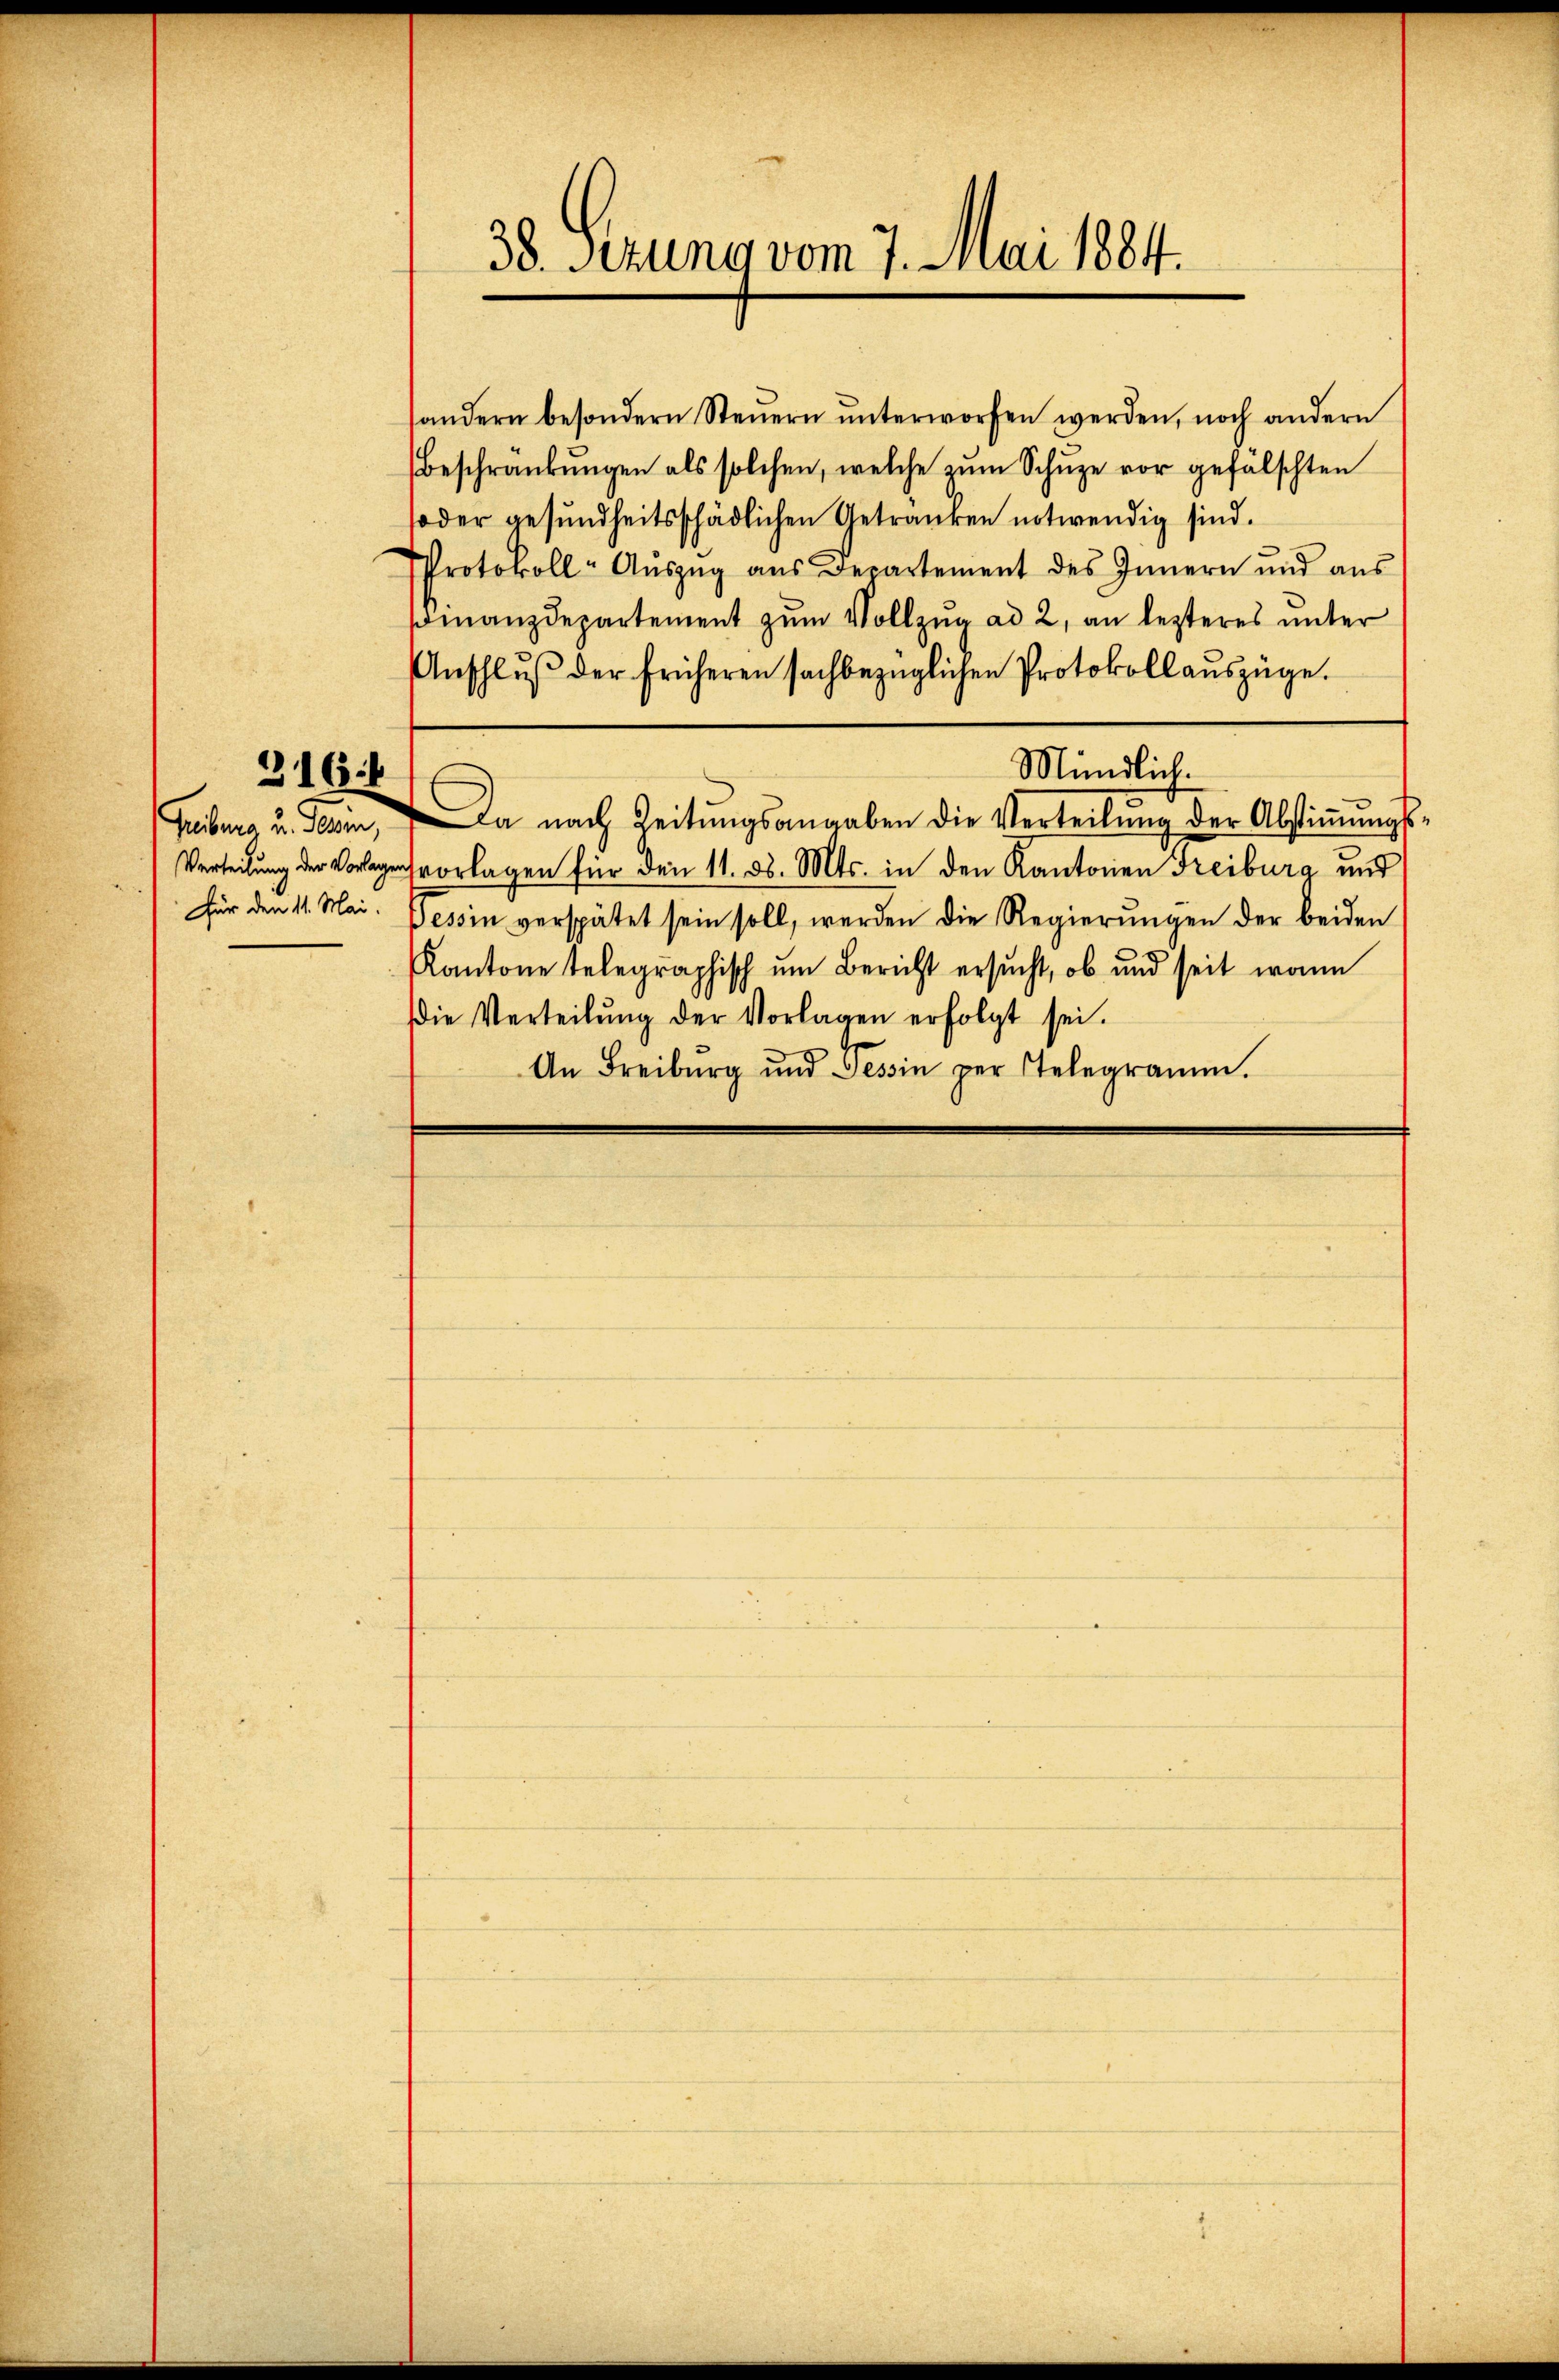
316.

38. Sezung vom 7. Mai 1884.

andern besondern Steŭern ŭnterworfen werden, noch andern
Beschränkungen als solchen, welche zŭm Schŭze vor gefälschten
soder gesundheitsschädlichen Getranken notwendig sind.
Protokoll- Aŭszŭg aŭs Departement des Innern und aŭs
Finanzdepartement zum Vollzug ad 2, an lezteres unter
Anschlŭβ der früheren sachbezüglichen Protokoll auszüge.
Mündlich.
Feberno u. Gerin, Da nach Zeitungsangaben die Verteilung der Abstimmungs¬
Verteilung der Vorlegensvorlagen für den 11. d. Mts. in den Kantonen Freiburg und
Für den 11. Mai. Tessin verspätet sein soll, werden die Regierungen der beiden
Kantone telegraphisch um Bericht ersucht, ob und seit wann
Die Verteilŭng der Vorlagen erfolgt sei.
An Freiburg und Tessin per Telegramm.